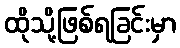
ထိုသို့ဖြစ်ရခြင်းမှာ